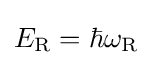
E_{\rm {R}}=\hbar \omega _{\rm {R}}